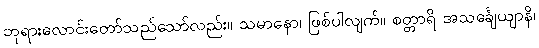
ဘုရားလောင်းတော်သည်သော်လည်း။ သမာနော၊ ဖြစ်ပါလျက်။ စတ္တာရိ အသင်္ချေယျာနိ၊